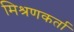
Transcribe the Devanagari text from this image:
मिश्रणकर्ता